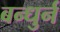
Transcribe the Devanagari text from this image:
बन्धुर्न